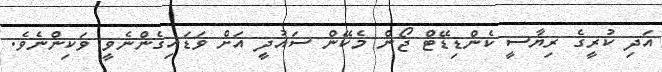
އަދި ކުރީގެ ރިޔާސީ ކެންޑިޑޭޓް ޖޯން މެކޭން ސައުދީ އަށް ވަޑައިގެންނެވީ ވަކިންނެވެ.